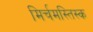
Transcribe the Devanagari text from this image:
मिर्चमस्तिस्क